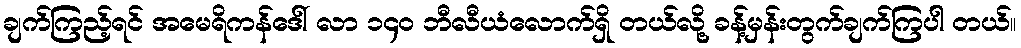
ချက်ကြည့်ရင် အမေရိကန်ဒေါ် လာ ၁၄၀ ဘီလီယံလောက်ရှိ တယ်လို့ ခန့်မှန်းတွက်ချက်ကြပါ တယ်။